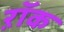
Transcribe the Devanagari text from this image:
ऱॉक